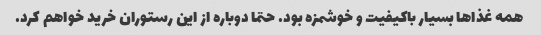
همه غذاها بسیار باکیفیت و خوشمزه بود. حتما دوباره از این رستوران خرید خواهم کرد.